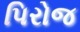
પિરોજ